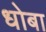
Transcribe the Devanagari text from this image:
धोबा